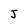
Character: J